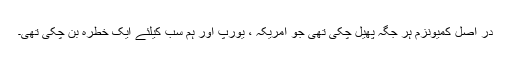
در اصل کمیونزم ہر جگہ پھیل چکى تهى جو امریکہ ، یورپ اور ہم سب کیلئے ایک خطره بن چکى تهى۔